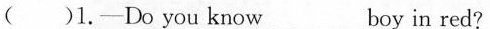
( )1.---Do you know_____ boy in red?